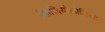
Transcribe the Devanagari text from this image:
फिजियोलोजिस्ट